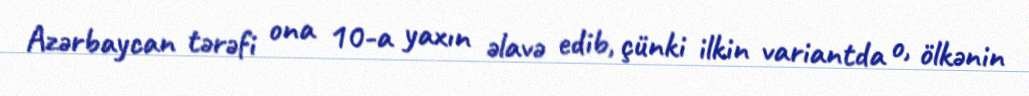
Azərbaycan tərəfi ona 10-a yaxın əlavə edib, çünki ilkin variantda o, ölkənin